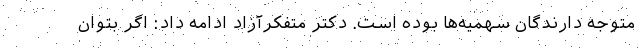
متوجه دارندگان سهمیه‌ها بوده است. دکتر متفکرآزاد ادامه داد: اگر بتوان